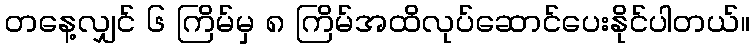
တနေ့လျှင် ၆ ကြိမ်မှ ၈ ကြိမ်အထိလုပ်ဆောင်ပေးနိုင်ပါတယ်။